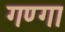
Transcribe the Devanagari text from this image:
गण्गा